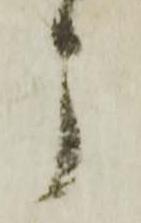
う